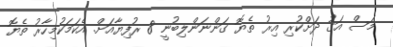
މަސް އަގު ދަށްކުރި އިރު ތެޔޮ ގަންނަންލިބުނީ 8 ރުފިޔާއަށް. އެކަމަކުމިހާރު ތެޔޮ